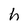
Character: h